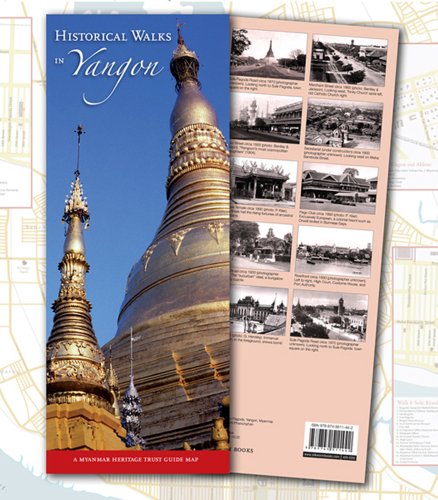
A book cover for Historical Walks in Yangon: A Myanmar Heritage Trust Guide Map (Myanmar Heritage Trust Guide Maps); Silkworm Books Ltd / Author; Travel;